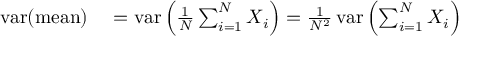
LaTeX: \begin{array} { r l } { \operatorname { v a r } ( { \mathrm { m e a n } } ) } & { { } = \operatorname { v a r } \left( { \frac { 1 } { N } } \sum _ { i = 1 } ^ { N } X _ { i } \right) = { \frac { 1 } { N ^ { 2 } } } \operatorname { v a r } \left( \sum _ { i = 1 } ^ { N } X _ { i } \right) } \end{array}